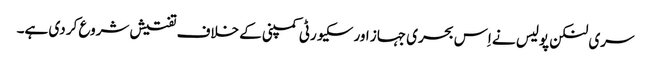
سری لنکن پولیس نے اِس بحری جہاز اور سکیورٹی کمپنی کے خلاف تفتیش شروع کر دی ہے۔